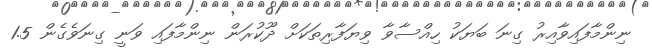
ނިންމާފައިވާއިރު ގިނަ ބަޔަކު ހިއްސާވާ ވިޔަފާރިތަކަށް ދޫކުރަން ނިންމާފައި ވަނީ ގިނަވެގެން 1.5